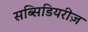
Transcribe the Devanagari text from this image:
सब्सिडियरीज़